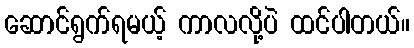
ဆောင်ရွက်ရမယ့် ကာလလို့ပဲ ထင်ပါတယ်။